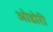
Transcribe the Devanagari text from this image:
ओडोरी